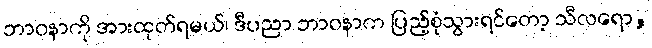
ဘာဝနာကို အားထုတ်ရမယ်၊ ဒီပညာ ဘာဝနာက ပြည့်စုံသွားရင်တော့ သီလရော,